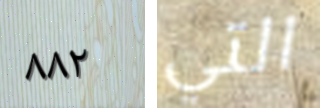
٨٨٢ التي